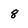
Character: 8